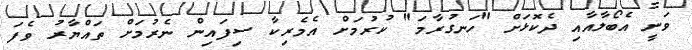
ވަނީ އެބޯލާއާއި ދެކޮޅަށް "ހަނގުރާމަ" ކުރުމަށް އެމެރިކާ ސިފައިން ނެރުމަށް ތައްޔާރު ވެފަ